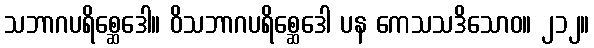
သဘာဂပရိစ္ဆေဒေါ။ ဝိသဘာဂပရိစ္ဆေဒေါ ပန ကေသသဒိသောဝ။ ၂၁၂။